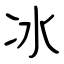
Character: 冰